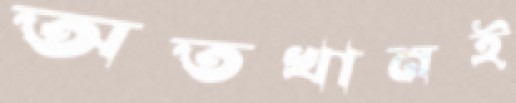
অতখানই